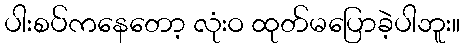
ပါးစပ်ကနေတော့ လုံးဝ ထုတ်မပြောခဲ့ပါဘူး။